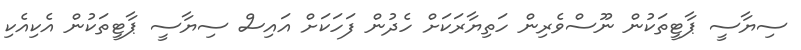
ސިޔާސީ ޕާޓީތަކުން ނޫސްވެރިން ހަތިޔާރަކަށް ހެދުން ފަހަކަށް އައިސް ސިޔާސީ ޕާޓީތަކުން އެކިއެކި